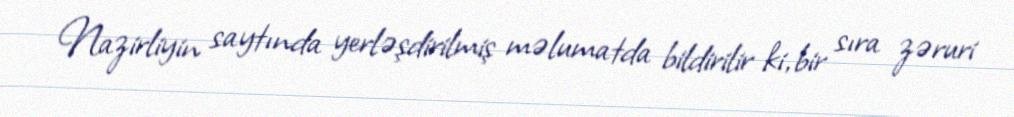
Nazirliyin saytında yerləşdirilmiş məlumatda bildirilir ki, bir sıra zəruri